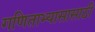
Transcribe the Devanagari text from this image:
गणिताभ्यासासाठी